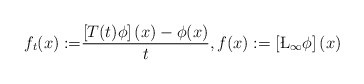
\begin{align*} f_t(x):=&\frac{\left[T(t)\phi\right](x)-\phi(x)}{t},f(x):=\left[\L_{\infty}\phi\right](x) \end{align*}